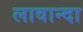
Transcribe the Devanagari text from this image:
लावान्दा